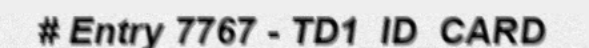
# Entry 7767 - TD1_ID_CARD